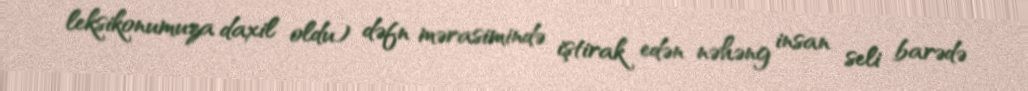
leksikonumuza daxil oldu) dəfn mərasimində iştirak edən nəhəng insan seli barədə